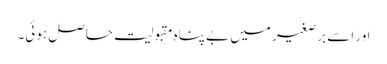
اور اسے برصغیر میں بے پناہ مقبولیت حاصل ہوئی۔